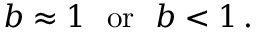
b \approx 1 \: \: \: \mathrm { o r } \: \: \: b < 1 \, .